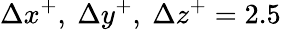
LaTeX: \Delta x^{+},~\Delta y^{+},~\Delta z^{+}=2.5